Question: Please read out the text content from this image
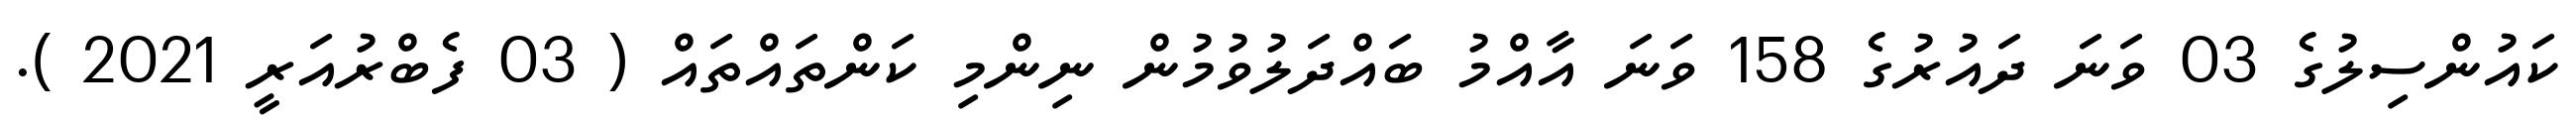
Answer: ކައުންސިލުގެ 03 ވަނަ ދައުރުގެ 158 ވަނަ އާއްމު ބައްދަލުވުމުން ނިންމި ކަންތައްތައް ( 03 ފެބްރުއަރީ 2021 ).